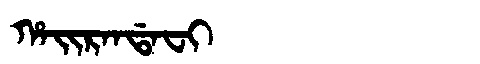
Manchu: ᡥᠠᡳᡵᠠᠨᡩᠠᠸᡳ
Romanization: HAIRANDAFI